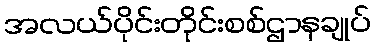
အလယ်ပိုင်းတိုင်းစစ်ဌာနချုပ်